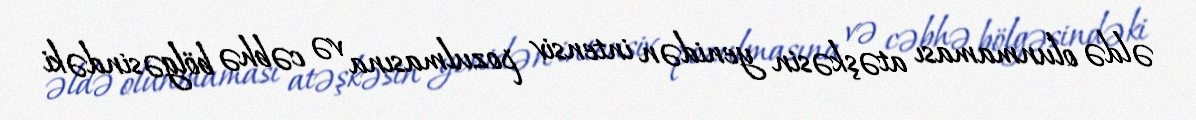
əldə olunmaması atəşkəsin yenidən intensiv pozulmasına və cəbhə bölgəsindəki